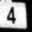
Digit: 4